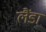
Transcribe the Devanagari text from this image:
लैंडा